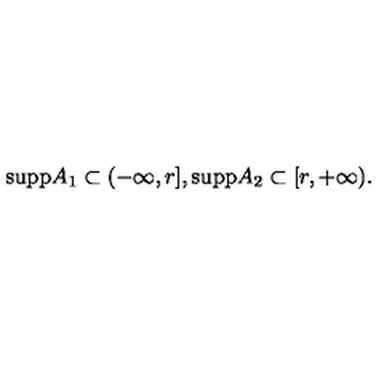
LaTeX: \mathrm { s u p p } A _ { 1 } \subset ( - \infty , r ] , \mathrm { s u p p } A _ { 2 } \subset [ r , + \infty ) .